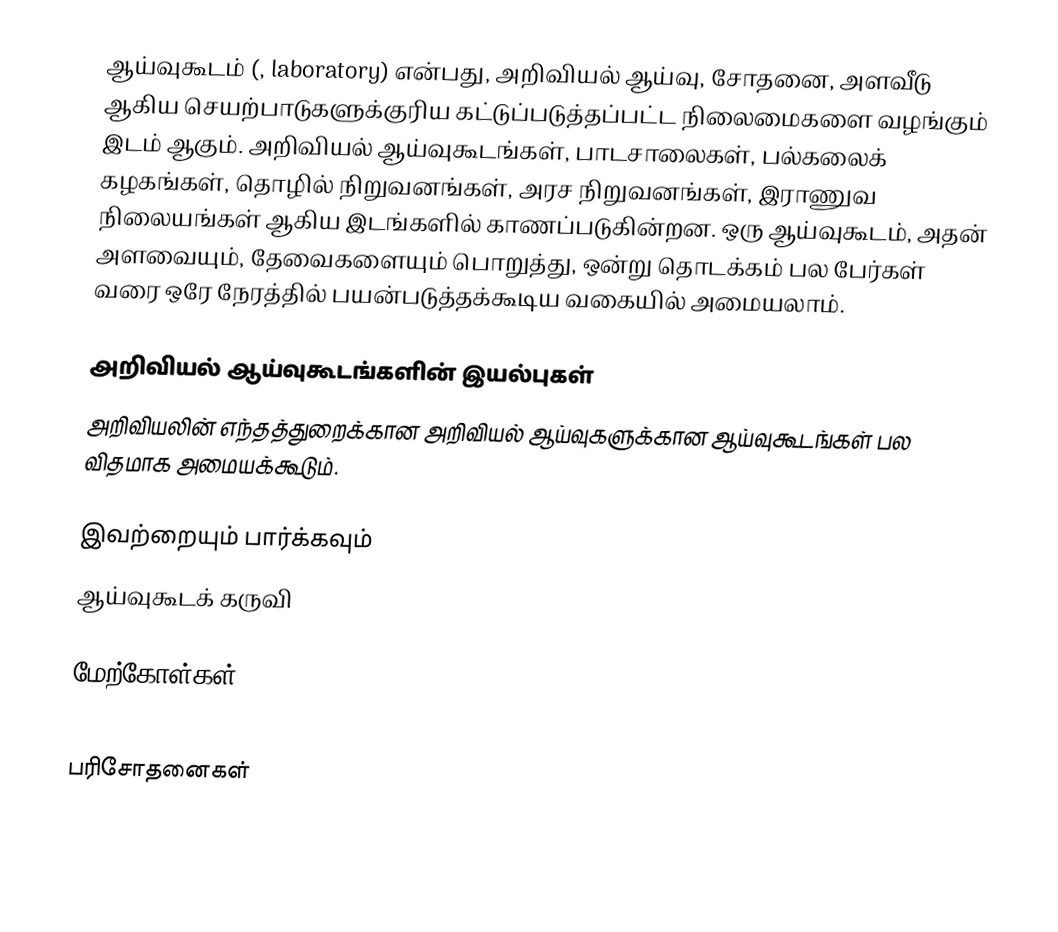
ஆய்வுகூடம் (, laboratory)  என்பது, அறிவியல் ஆய்வு, சோதனை, அளவீடு ஆகிய செயற்பாடுகளுக்குரிய கட்டுப்படுத்தப்பட்ட நிலைமைகளை வழங்கும் இடம் ஆகும். அறிவியல் ஆய்வுகூடங்கள், பாடசாலைகள், பல்கலைக் கழகங்கள், தொழில் நிறுவனங்கள், அரச நிறுவனங்கள், இராணுவ நிலையங்கள் ஆகிய இடங்களில் காணப்படுகின்றன. ஒரு ஆய்வுகூடம், அதன் அளவையும், தேவைகளையும் பொறுத்து, ஒன்று தொடக்கம் பல பேர்கள் வரை ஒரே நேரத்தில் பயன்படுத்தக்கூடிய வகையில் அமையலாம்.

அறிவியல் ஆய்வுகூடங்களின் இயல்புகள்
அறிவியலின் எந்தத்துறைக்கான அறிவியல் ஆய்வுகளுக்கான ஆய்வுகூடங்கள் பல விதமாக அமையக்கூடும்.

இவற்றையும் பார்க்கவும்
 ஆய்வுகூடக் கருவி

மேற்கோள்கள்

பரிசோதனைகள்